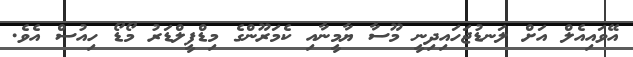
އޭވައިއެލް އަށް ލަނޑުޖަހައިދިނީ މޫސާ ޔާމީނާއި ކެމަރޫންގެ މިޑްފީލްޑަރު މޯޑޯ ހިއުސް އެވެ.